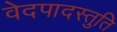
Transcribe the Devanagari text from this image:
वेदपादस्तुति